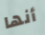
أنها